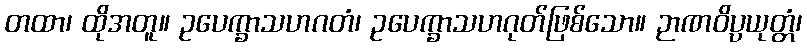
တထာ၊ ထိုအတူ။ ဥပေက္ခာသဟဂတံ၊ ဥပေက္ခာသဟဂုတ်ဖြစ်သော။ ဉာဏဝိပ္ပယုတ္တံ၊